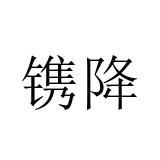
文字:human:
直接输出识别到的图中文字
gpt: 镌降